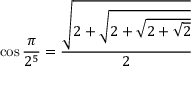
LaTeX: \cos { \frac { \pi } { 2 ^ { 5 } } } = { \frac { \sqrt { 2 + { \sqrt { 2 + { \sqrt { 2 + { \sqrt { 2 } } } } } } } } { 2 } }